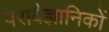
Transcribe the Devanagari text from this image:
परावैज्ञानिकों